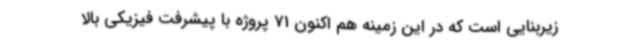
زیربنایی است که در این زمینه هم اکنون 71 پروژه با پیشرفت فیزیکی بالا